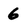
Character: 6